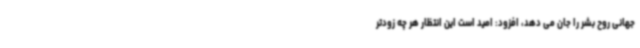
جهانی روح بشر را جان می دهد، افزود: امید است این انتظار هر چه زودتر